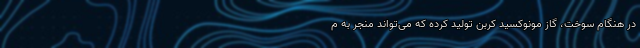
در هنگام سوخت، گاز مونوکسید کربن تولید کرده که می‌تواند منجر به م